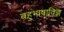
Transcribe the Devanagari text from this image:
बहुभाषाविज्ञ